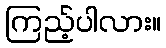
ကြည့်ပါလား။